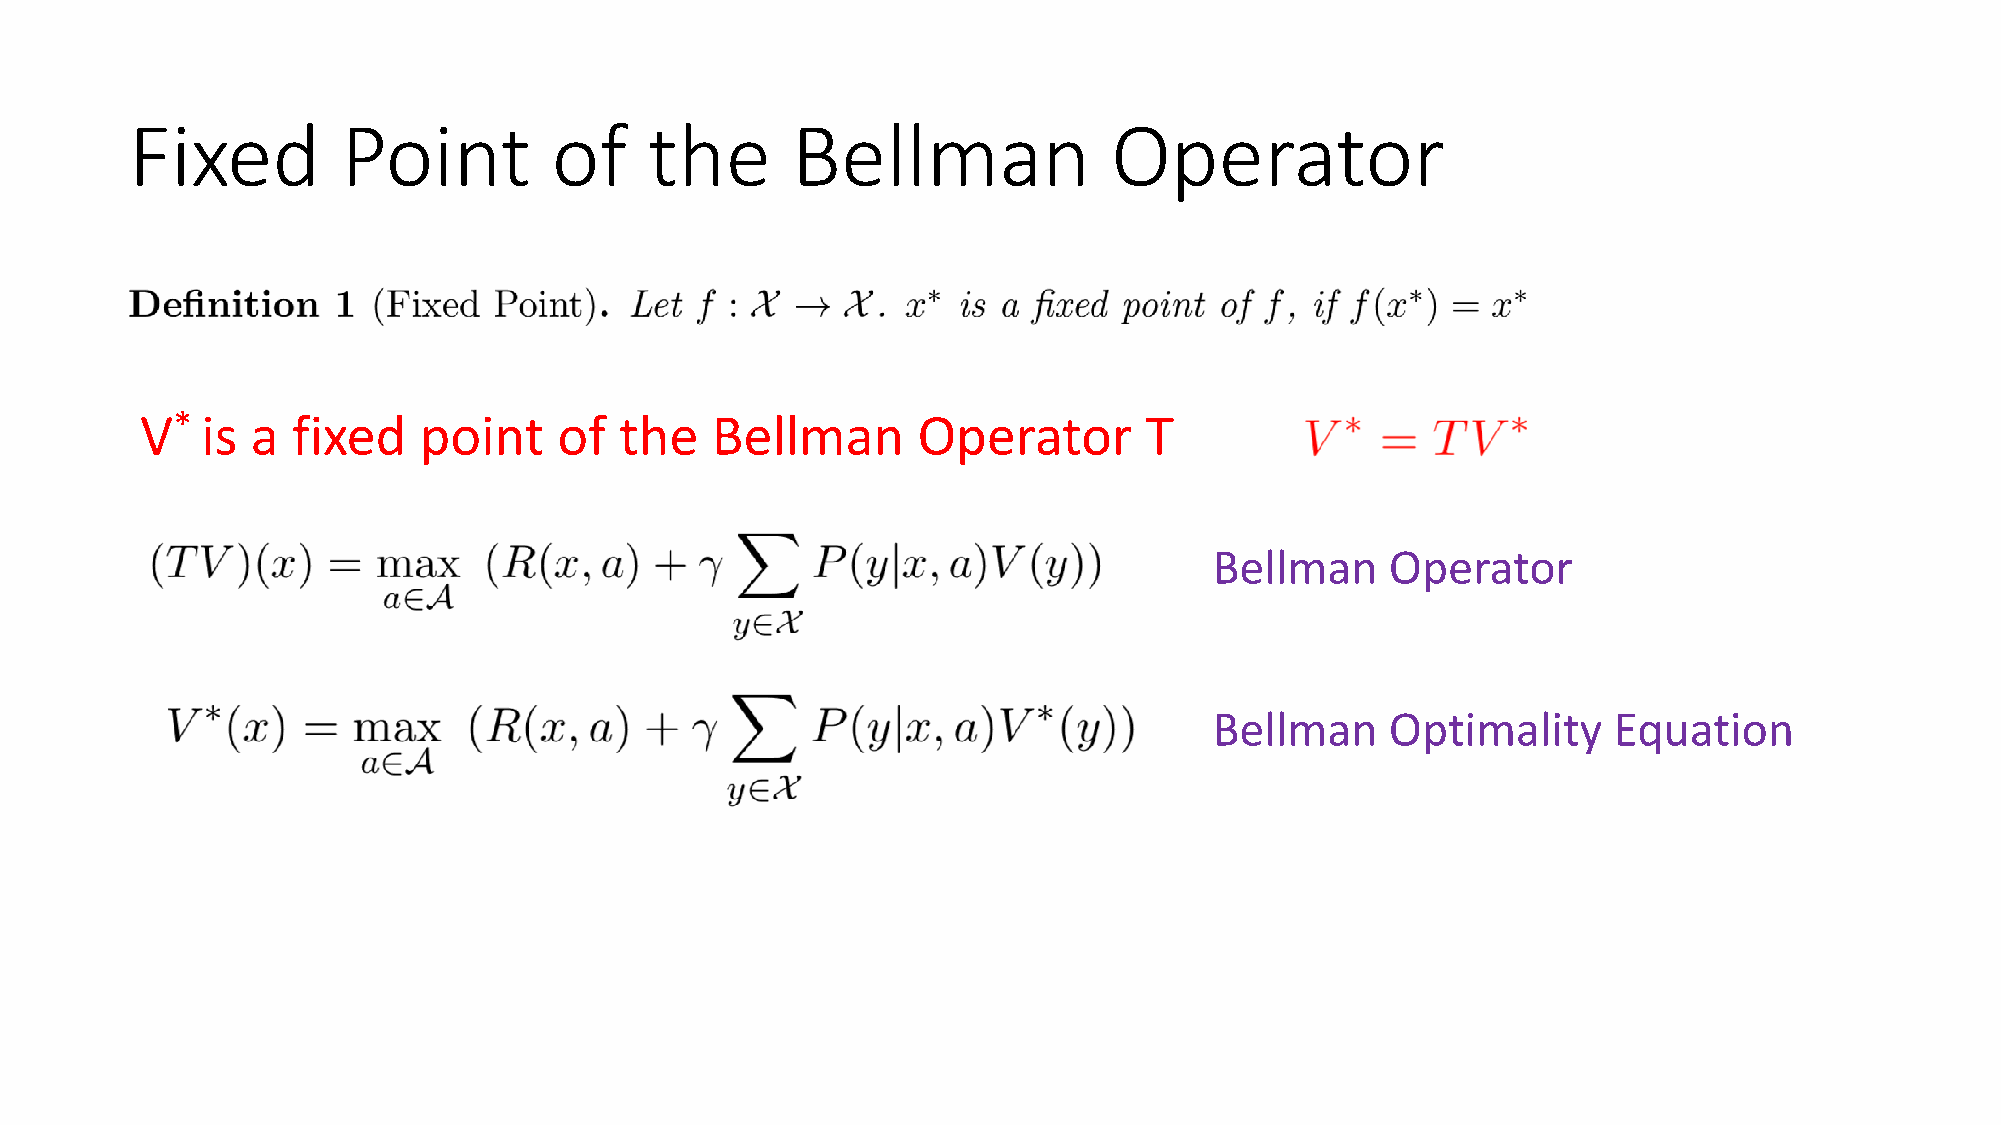
Fixed         Point         of    the      Bellman               Operator
 V*  is  a fixed    point    of  the   Bellman       Operator       T
 Bellman     Operator
 Bellman     Optimality     Equation
 •  Computing         optimal      value    function      is equivalent        to  computing         the
 fixed   point    of  the    Bellman      Operator